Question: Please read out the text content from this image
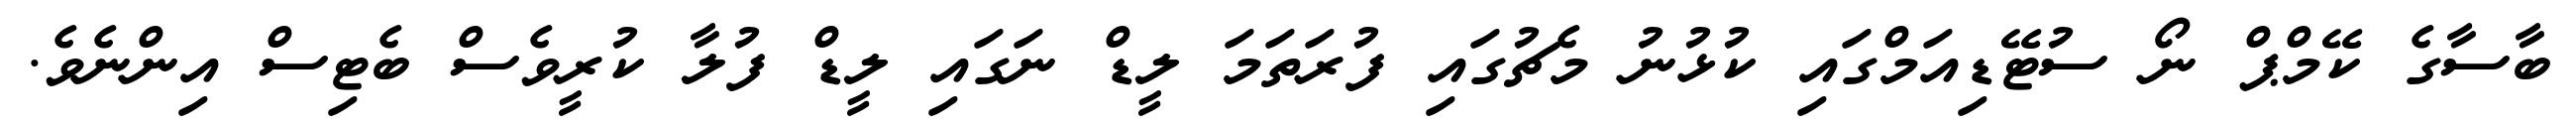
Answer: ބާސާގެ ކޭމްޕް ނޯ ސުޓޭޑިއަމްގައި ކުޅުނު މެޗުގައި ފުރަތަމަ ލީޑް ނަގައި ލީޑް ފުލާ ކުރީވެސް ބެޓިސް އިންނެވެ.